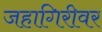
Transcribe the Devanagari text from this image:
जहागिरीवर